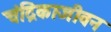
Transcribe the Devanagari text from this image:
चंद्रिकाजीवन